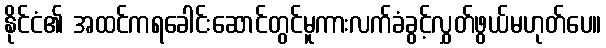
နိုင်ငံ၏ အထင်ကရခေါင်းဆောင်တွင်မူကားလက်ခံခွင့်လွှတ်ဖွယ်မဟုတ်ပေ။